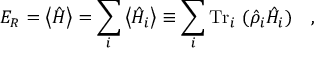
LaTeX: E _ { R } = \left\langle \hat { H } \right\rangle = \sum _ { i } \left\langle \hat { H } _ { i } \right\rangle \equiv \sum _ { i } \mathrm { T r } _ { i } ~ ( \hat { \rho } _ { i } \hat { H } _ { i } ) ~ ~ ~ ,